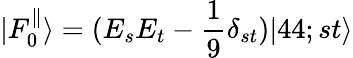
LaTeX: |F_{0}^{\parallel}\rangle=(E_{s}E_{t}-\frac{1}{9}\delta_{st})|44;st\rangle